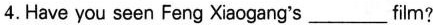
4. Have you seen Feng Xiaogang's___flm?